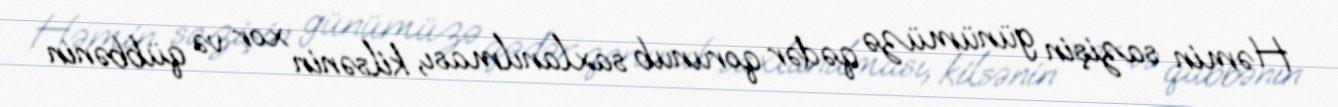
Həmin sazişin günümüzə qədər qorunub saxlanılması, kilsənin xor və qübbənin